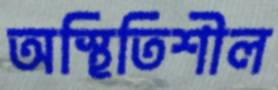
অস্থিতিশীল